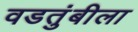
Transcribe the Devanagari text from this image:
वडतुंबीला